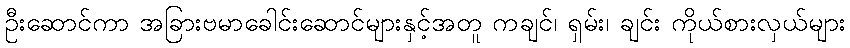
ဦးဆောင်ကာ အခြားဗမာခေါင်းဆောင်များနှင့်အတူ ကချင်၊ ရှမ်း၊ ချင်း ကိုယ်စားလှယ်များ